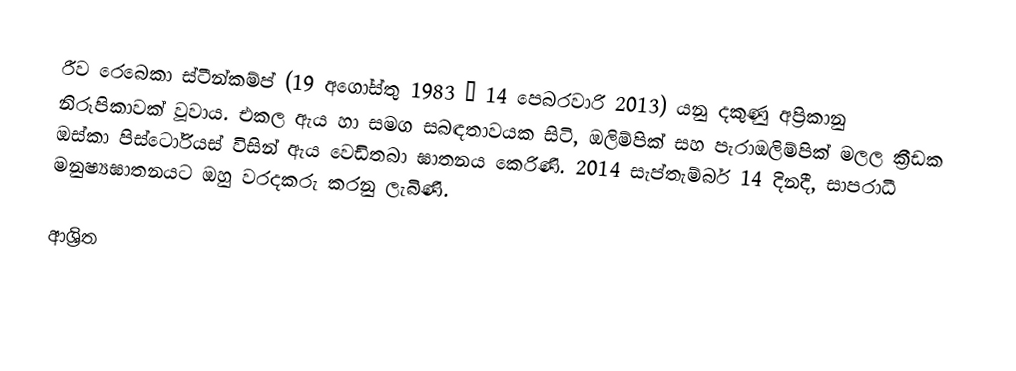
රීව රෙබෙකා ස්ටීන්කම්ප් (19 අගෝස්තු 1983 – 14 පෙබරවාරි 2013) යනු දකුණු අප්‍රිකානු නිරූපිකාවක් වූවාය. එකල ඇය හා සමග සබඳතාවයක සිටි, ඔලිම්පික් සහ පැරාඔලිම්පික් මලල ක්‍රීඩක ඔස්කා පිස්ටෝරියස් විසින් ඇය වෙඩිතබා ඝාතනය කෙරිණි. 2014 සැප්තැම්බර් 14 දිනදී,  සාපරාධී මනුෂ්‍යඝාතනයට ඔහු වරදකරු කරනු ලැබිණි.

ආශ්‍රිත